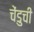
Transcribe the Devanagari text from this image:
चेंडुची